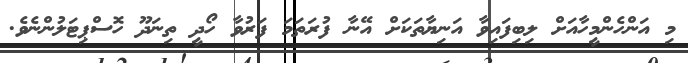
މި އަންހެންމީހާއަށް ލިބިފައިވާ އަނިޔާތަކަށް އޭނާ ފުރަތަމަ ފަރުވާ ހޯދީ ތިނަދޫ ހޮސްޕިޓަލުންނެވެ.